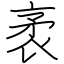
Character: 袤